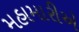
મહામારીએ